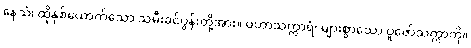
နေသံ၊ ထိုနှစ်ယောက်သော သမီးခင်ပွန်းတို့အား။ မဟာသက္ကာရံ၊ များစွာသော ပူဇော်သက္ကာကို။